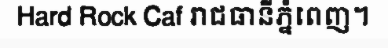
Hard Rock Caf រាជធានីភ្នំពេញ។